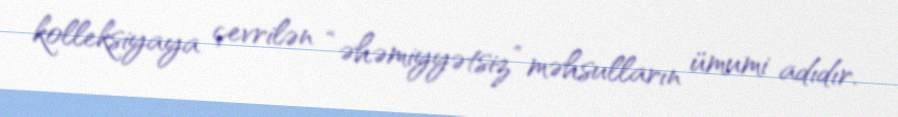
kolleksiyaya çevrilən “əhəmiyyətsiz” məhsulların ümumi adıdır.